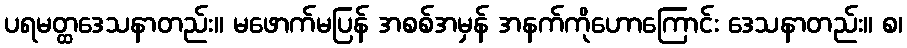
ပရမတ္ထဒေသနာတည်း။ မဖောက်မပြန် အစစ်အမှန် အနက်ကိုဟောကြောင်း ဒေသနာတည်း။ စ၊